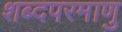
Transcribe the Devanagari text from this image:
शब्दपरमाणु